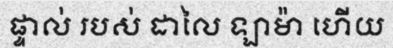
ផ្ទាល់ របស់ ដាលៃ ឡាម៉ា ហើយ